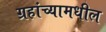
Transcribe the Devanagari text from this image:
ग्रहांच्यामधील